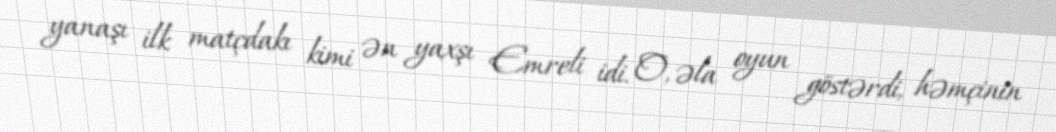
yanaşı ilk matçdakı kimi ən yaxşı Emreli idi. O, əla oyun göstərdi, həmçinin